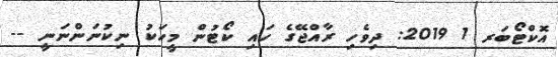
އޮކްޓޯބަރ 1 2019: ދިވެހި ރާއްޖޭގެ ހައި ކޯޓުން މީހަކު ނިކުނަންނަނީ --